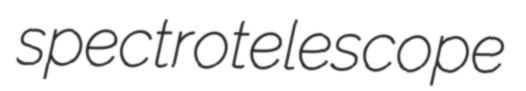
spectrotelescope